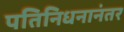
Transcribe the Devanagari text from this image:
पतिनिधनानंतर